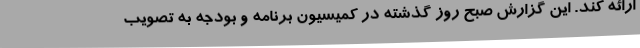
ارائه کند. این گزارش صبح روز گذشته در کمیسیون برنامه و بودجه به تصویب